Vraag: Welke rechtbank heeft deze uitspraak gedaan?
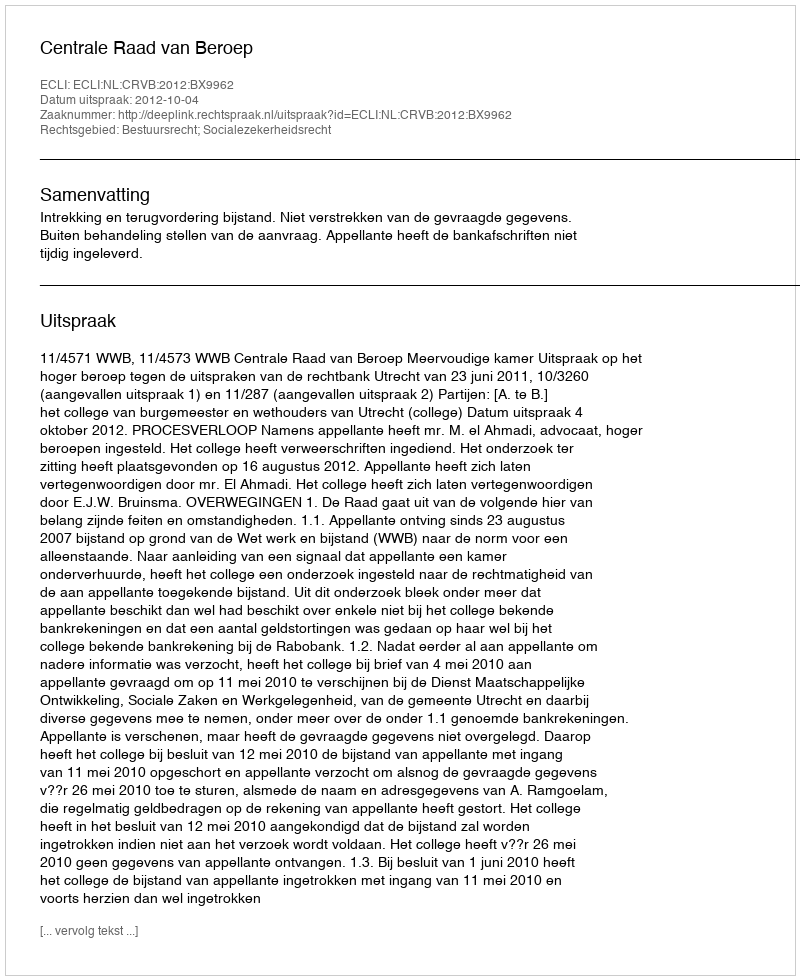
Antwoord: Centrale Raad van Beroep